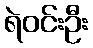
ရဲဝင်းဦး